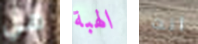
هي الهبة انت